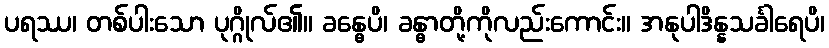
ပရဿ၊ တစ်ပါးသော ပုဂ္ဂိုလ်၏။ ခန္ဓေပိ၊ ခန္ဓာတို့ကိုလည်းကောင်း။ အနုပါဒိန္နသင်္ခါရေပိ၊